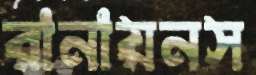
রানায়নস